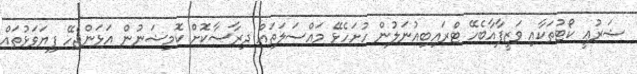
ޝަރުޢީ ކޯޓުތަކާއި ވަޒީފާއާބެހޭ ޓްރައިބިއުނަލުން ހުށަހެޅޭ މައްސަލަތައް ދިރާސާކޮށް ކޮމިޝަނުން އަޅަންޖެހޭ ފިޔަވަޅުތައް